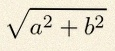
\sqrt{a^2+b^2}